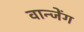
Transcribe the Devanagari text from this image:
वान्जेंग